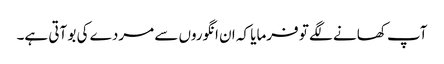
آپ کھانے لگے تو فرمایا کہ ان انگوروں سے مردے کی بو آتی ہے۔